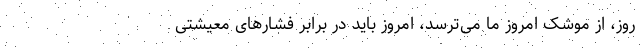
روز، از موشک امروز ما می‌ترسد، امروز باید در برابر فشار‌های معیشتی